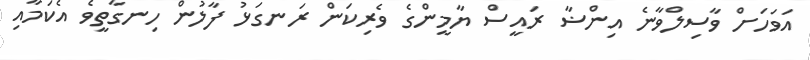
އަވަހަށް ވާސިލްވާނެ އިންޟާ ރައީސް ޔާމީންގެ ވެރިކަން ރަނގަޅު ފާލުން ހިނގާތީވެ އެކަމާއި